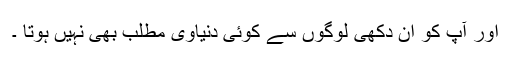
اور آپ کو ان دکھی لوگوں سے کوئی دنیاوی مطلب بھی نہیں ہوتا ۔